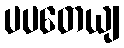
ပပတေယျ